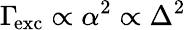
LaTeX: \Gamma\! _{\mathrm{exc}}\propto\alpha^{2}\propto\Delta^{2}